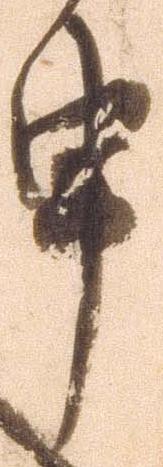
申